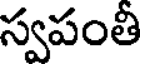
స్వపంతి